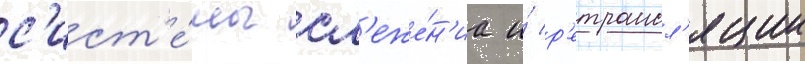
с'ист'е́мы сл'еже́н'иа и́ р'етрансл'яции